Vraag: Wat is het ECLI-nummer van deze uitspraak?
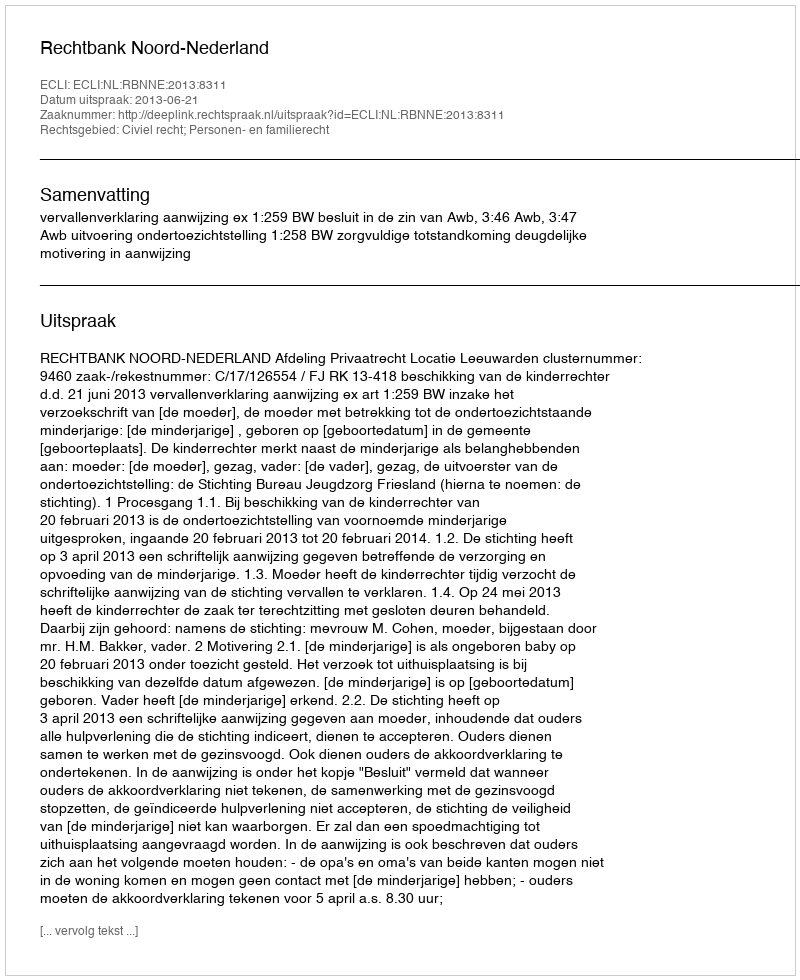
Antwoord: ECLI:NL:RBNNE:2013:8311